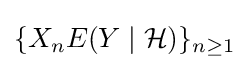
\{X_{n}E(Y\mid {\mathcal {H}})\}_{n\geq 1}